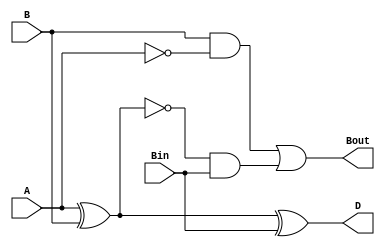
`timescale 1ns / 1ps
//////////////////////////////////////////////////////////////////////////////////
// Company: 
// Engineer: 
// 
// Design Name: 
// Module Name: sub1bit
// Project Name: 
// Target Devices: 
// Tool Versions: 
// Description: 
// 
// Dependencies: 
// 
// Revision:
// Revision 0.01 - File Created
// Additional Comments:
// 
//////////////////////////////////////////////////////////////////////////////////


module sub1bit(
	input A,
	input B,
	input Bin,
	output D,
	output Bout
);

wire X3, X4, X5, X6, X7;


xor U2 (D,X3, Bin);

xor U3 (X3,A, B);

and U4 (X4,B, X6);

and U5 (X5,X7, Bin);

not U6 (X6,A);

not U7 (X7,X3);

or U8 (Bout,X4, X5);

endmodule